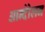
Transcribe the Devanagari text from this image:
आन्दोेलन